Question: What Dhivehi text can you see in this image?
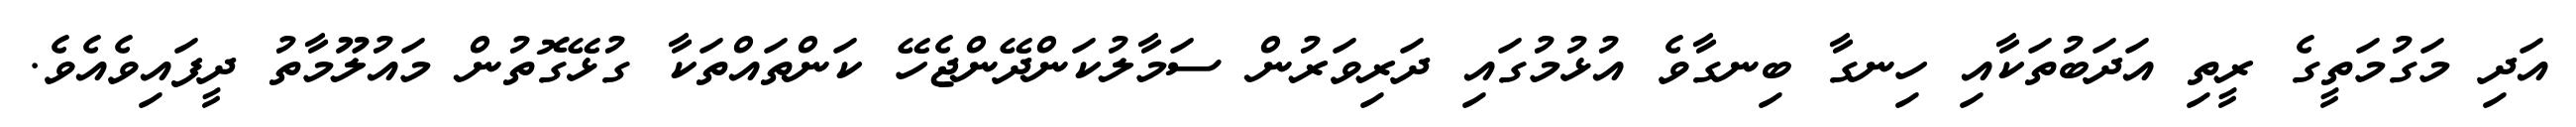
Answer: އަދި މަގުމަތީގެ ރީތި އަދަބުތަކާއި ހިނގާ ބިނގާވެ އުޅުމުގައި ދަރިވަރުން ސަމާލުކަންދޭންޖެހޭ ކަންތައްތަކާ ގުޅޭގޮތުން މައުލޫމާތު ދީފައިވެއެވެ.